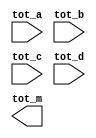
`timescale 1ns / 1ps
//////////////////////////////////////////////////////////////////////////////////
// Company: 
// Engineer: 
// 
// Design Name: 
// Module Name: machine_total
// Project Name: 
// Target Devices: 
// Tool Versions: 
// Description: 
// 
// Dependencies: 
// 
// Revision:
// Revision 0.01 - File Created
// Additional Comments:
// 
//////////////////////////////////////////////////////////////////////////////////


module machine_total(
    input [9:0] tot_a,
    input [9:0] tot_b,
    input [9:0] tot_c,
    input [9:0] tot_d,
    output [13:0] tot_m
    );
endmodule